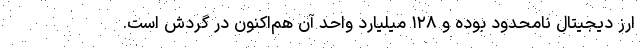
ارز دیجیتال نامحدود بوده و ۱۲۸ میلیارد واحد آن هم‌اکنون در گردش است.